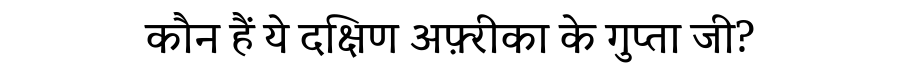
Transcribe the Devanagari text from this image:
कौन हैं ये दक्षिण अफ़्रीका के गुप्ता जी?